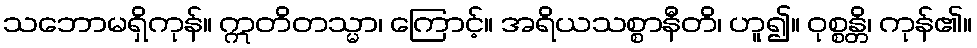
သဘောမရှိကုန်။ ဣတိတသ္မာ၊ ကြောင့်။ အရိယသစ္စာနီတိ၊ ဟူ၍။ ဝုစ္စန္တိ၊ ကုန်၏။